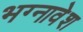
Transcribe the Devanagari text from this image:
भग्नावेश